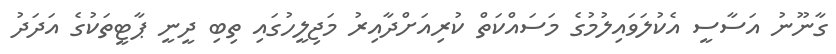
ގާނޫނު އަސާސީ އެކުލަވައިލުމުގެ މަސައްކަތް ކުރިއަށްދާއިރު މަޖިލީހުގައި ތިބި ދީނީ ޕާޓީތަކުގެ އަދަދު